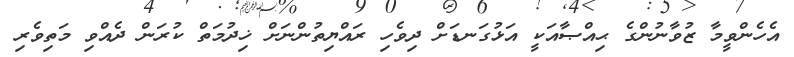
އެހެންވީމާ ޒުވާނުންގެ ޙިއްޞާއަކީ އަޅުގަނޑަށް ދިވެހި ރައްޔިތުންނަށް ޚިދުމަތް ކުރަން ދެއްވި މަތިވެރި